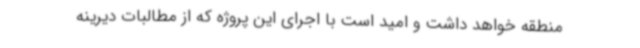
منطقه خواهد داشت و امید است با اجرای این پروژه که از مطالبات دیرینه